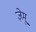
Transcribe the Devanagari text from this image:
ज़ेमू